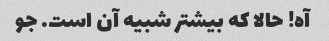
آه! حالا که بیشتر شبیه آن است. جو